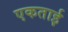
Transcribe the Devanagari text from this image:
एकताई